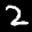
Label: 2